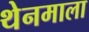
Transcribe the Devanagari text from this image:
थेनमाला